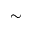
\sim